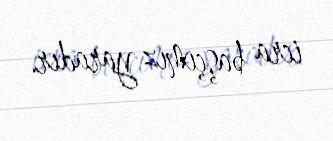
icra başçımız yaradır.